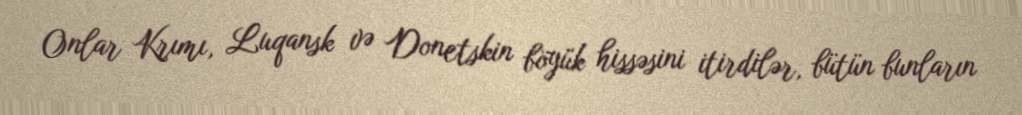
Onlar Krımı, Luqansk və Donetskin böyük hissəsini itirdilər, bütün bunların